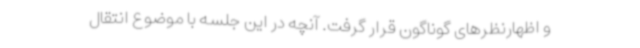
و اظهارنظرهای گوناگون قرار گرفت. آنچه در این جلسه با موضوع انتقال